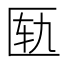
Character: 匦